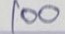
100